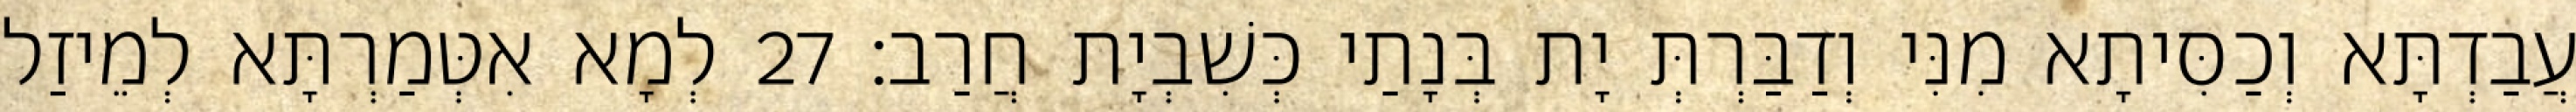
עֲבַדְתָּא וְכַסִּיתָא מִנִּי וְדַבַּרְתְּ יָת בְּנָתַי כְּשִׁבְיָת חֲרַב׃ 27 לְמָא אִטְּמַרְתָּא לְמֵיזַל